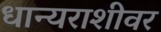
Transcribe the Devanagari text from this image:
धान्यराशीवर